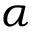
\alpha